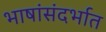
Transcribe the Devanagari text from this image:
भाषांसंदर्भात